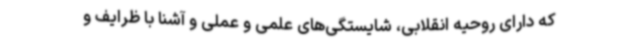
که دارای روحیه انقلابی، شایستگی‌های علمی و عملی و آشنا با ظرایف و